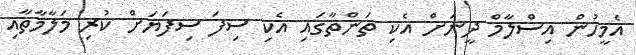
އެމީހުން އިސްލާމް ދީނަށް އެކި ތަންތާގައި އެކި ސިފަ ސިފަޔަށް ކުރި މަލާމާތާއި